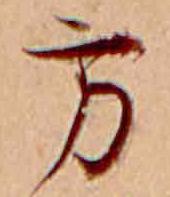
方